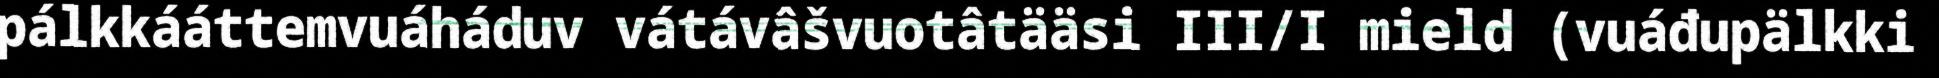
pálkkááttemvuáháduv vátávâšvuotâtääsi III/I mield (vuáđupälkki